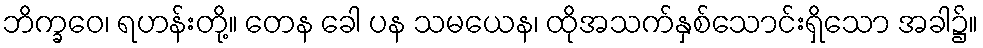
ဘိက္ခဝေ၊ ရဟန်းတို့။ တေန ခေါ ပန သမယေန၊ ထိုအသက်နှစ်သောင်းရှိသော အခါ၌။